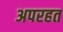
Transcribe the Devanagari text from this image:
अपरहत